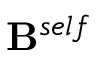
\mathbf { B } ^ { s e l f }